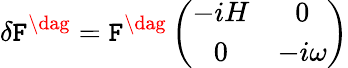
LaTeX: \delta\mathtt{F}^{\dag}=\mathtt{F}^{\dag}\left(\begin{array}{cc}{{-iH}}&{{0}}\\ {{0}}&{{-i\omega}}\end{array}\right)